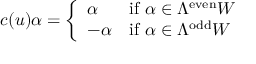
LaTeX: c ( u ) \alpha = { \left\{ \begin{array} { l l } { \alpha } & { { \mathrm { i f ~ } } \alpha \in \Lambda ^ { \mathrm { e v e n } } W } \\ { - \alpha } & { { \mathrm { i f ~ } } \alpha \in \Lambda ^ { \mathrm { o d d } } W } \end{array} \right. }